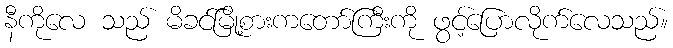
နီကိုလေ သည် မိခင်မြို့စားကတော်ကြီးကို ဖွင့်ပြောလိုက်လေသည်။